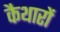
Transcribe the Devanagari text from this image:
कैथारों